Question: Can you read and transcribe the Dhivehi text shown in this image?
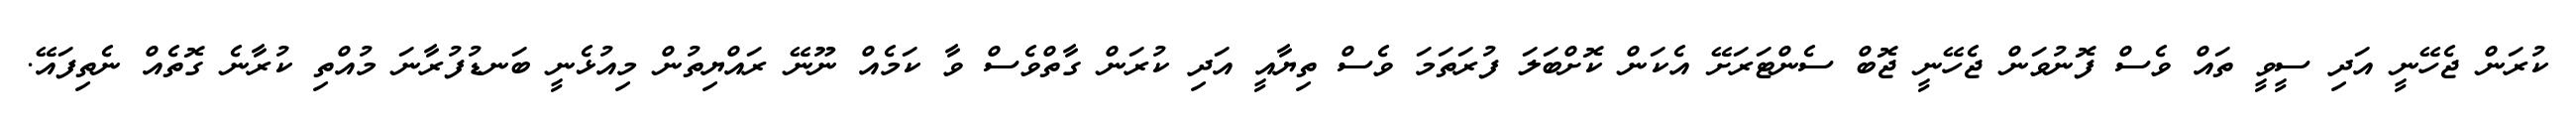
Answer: ކުރަން ޖެހޭނީ އަދި ސީވީ ތައް ވެސް ފޮނުވަން ޖެހޭނީ ޖޮބް ސެންޓަރަށޭ އެކަން ކޮށްބަލަ ފުރަތަމަ ވެސް ތިޔާއީ އަދި ކުރަން ގާތްވެސް ވާ ކަމެއް ނޫނޭ ރައްޔިތުން މިއުޅެނީ ބަނޑުފުރާނަ މުއްތި ކުރާނެ ގޮތެއް ނެތިފައޭ.